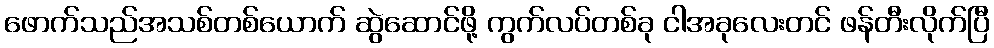
ဖောက်သည်အသစ်တစ်ယောက် ဆွဲဆောင်ဖို့ ကွက်လပ်တစ်ခု ငါအခုလေးတင် ဖန်တီးလိုက်ပြီ